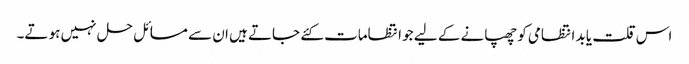
اس قلت یا بد انتظامی کو چھپانے کے لیے جو انتظامات کئے جاتے ہیں ان سے مسائل حل نہیں ہو تے۔